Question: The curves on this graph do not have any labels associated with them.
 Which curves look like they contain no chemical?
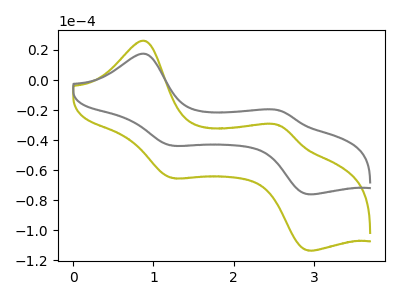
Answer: <think>The olive curve "olive" has anodic peaks at (0.90V, 26.00uA) (2.55V, -30.10uA) and cathodic peaks at (1.25V, -65.25uA) (2.95V, -113.50uA). The gray curve "gray" has anodic peaks at (0.90V, 17.40uA) (2.55V, -20.20uA) and cathodic peaks at (1.25V, -43.70uA) (2.95V, -76.05uA).</think>
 <answer>There are not any CV's on this graph that are likely to be blanks.</answer>
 <eval>none</eval>